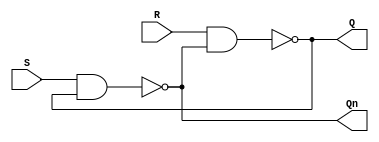
module sr_latch (S, R, Q, Qn);

    input S, R;
    output Q, Qn;

    assign Q = ~(R & Qn);
    assign Qn = ~(S & Q);

endmodule